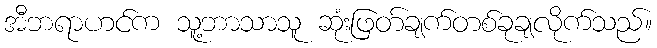
အီဘရာဟင်က သူ့ဘာသာသူ ဆုံးဖြတ်ချက်တစ်ခုချလိုက်သည်။